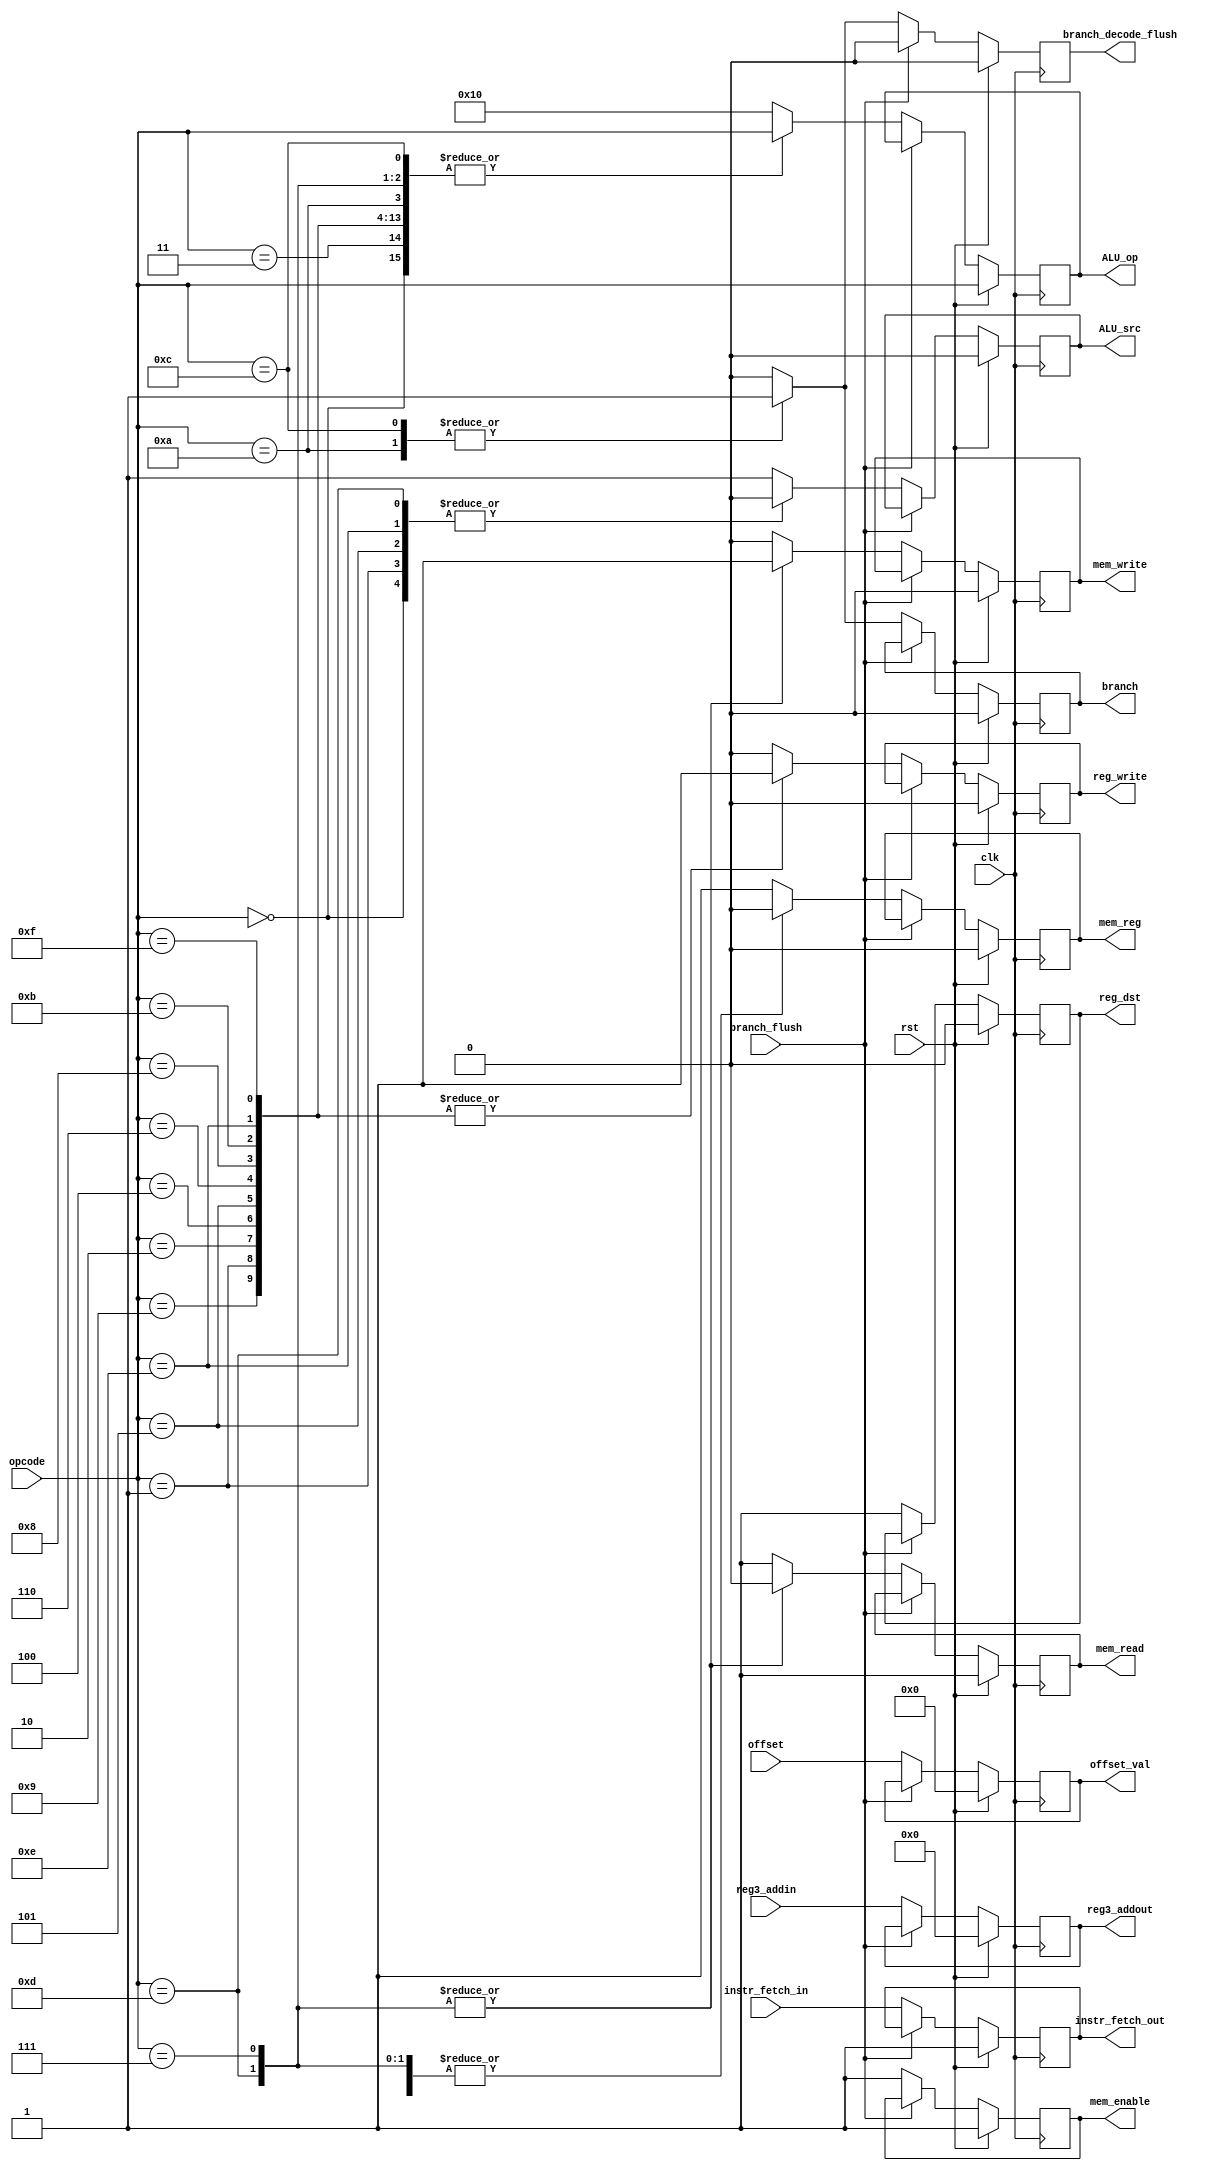
module control_block(clk, rst, opcode, mem_reg, reg_write, branch, mem_read, mem_write, mem_enable, instr_fetch_in,
                     ALU_op, ALU_src, reg_dst, offset, offset_val, reg3_addin,reg3_addout, instr_fetch_out, branch_flush, branch_decode_flush);

input [4:0] opcode;
input rst, clk, instr_fetch_in, branch_flush;
input [15:0]offset;
input [3:0] reg3_addin;

output reg [4:0]ALU_op;
output reg mem_reg, reg_write;  //Select the appropriate Memory for Register Selection and Address Selection
output reg branch, mem_read, mem_write, mem_enable; // 
output reg ALU_src, reg_dst, instr_fetch_out, branch_decode_flush;
output reg [15:0]offset_val;
output reg [3:0] reg3_addout;


localparam  push=0,    pop=1,    sub_sp=2,      cmp=3,       movs=4,      mov=5,   ldr=6,   str=7, 
            ldr_nop=8, add_sp=9, branch_nc= 10, adds_3op=11, branch_c=12, strb=13, ldrb=14, adds_2op=15, NOP = 16;

always @(posedge clk) begin

	
	if(rst) begin
			//$display("Reset %d:", opcode);
       			//Set the Control Block
			mem_reg    <= 0;   // Take Data from the ALU
			reg_write  <= 0;   // Write to Register
			branch     <= 0;   //
			mem_read   <= 1;   //
			mem_write  <= 0;   //
			mem_enable <= 1;
			ALU_op     <= opcode;
			ALU_src    <= 0;   // For Reg_data_2
			reg_dst    <= 0;   // Register_Destination	- To mux for selection of Destination Register  
			offset_val <= 0;
			reg3_addout <= 0;
			instr_fetch_out<=1;
			branch_decode_flush <= 1'b0;
   		end
	
	else if(branch_flush) begin
			/*mem_reg    <= 1;   // Take Data from the ALU
			reg_write  <= 0;   // 
			branch     <= 0;   //
			mem_read   <= 1;   //
			mem_write  <= 0;   //
			mem_enable <= 1;
			ALU_op     <= 5'b10000;
			ALU_src    <= 1;   // For Reg_data_2
			reg_dst    <= 1;   // Register_Destination*/
			//if(~count_out) Intr_fetch <= 1;
			branch_decode_flush <= 1'b0;	
		end
				
	else begin
		//if(clk) begin
			reg3_addout<=reg3_addin;
			offset_val<=offset;	
			instr_fetch_out<=instr_fetch_in;		
			//if(~count_out) 	Intr_fetch <= 1;
		//$display("CONTROL BLOCK NOP %d %d", count_in, count_out);				
		case(opcode)
			push: begin
					//$display("CONTROL BLOCK Push:%d", opcode);		
					//Set the Control Block
					mem_reg    <= 1;   // Take Data from the ALU
					reg_write  <= 0;   // Write to SP to Register-13
					branch     <= 0;   //
					mem_read   <= 1;   //
					mem_write  <= 0;   //
					mem_enable <= 1;
					ALU_op     <= opcode;
					ALU_src    <= 0;   // For Reg_data_2
					reg_dst    <= 1;   // Register_Destination	- 0 - reg2, 1 - reg3  
				   	branch_decode_flush<=1'b0;
		   		end
      			add_sp: begin
				   //Set the Control Block
					//$display("Add :%d", opcode);
					mem_reg    <= 1;   // Take Data from the ALU
					reg_write  <= 1;   // Write to Register
					branch     <= 0;   //
					mem_read   <= 1;   //
					mem_write  <= 0;   //
					mem_enable <= 1;
					ALU_op     <= opcode;
					ALU_src    <= 1;   // For Immediate Value
					reg_dst    <= 1;   // Register_Destination	- 0 - reg2, 1 - reg3 
				   	branch_decode_flush<=1'b0;
				end 
	   		pop:begin
					//Set the Control Block
					mem_reg    <= 1;   // Take Data from the ALU
					reg_write  <= 1;   // Write to SP to Register-13
					branch     <= 0;   //
					mem_read   <= 1;   //
					mem_write  <= 0;   //
					mem_enable <= 1;
					ALU_op     <= opcode;
					ALU_src    <= 0;   // For Reg_data_2
					reg_dst    <= 1;   // Register_Destination	- 0 - reg2, 1 - reg3  
				   	branch_decode_flush<=1'b0;
					 //to be changed to 1
					//count_out <= count_in;
				end
			sub_sp:begin
					//Set the Control Block
					mem_reg    <= 1;   // Take Data from the ALU for writing
					reg_write  <= 1;   // Write to SP to Register-13
					branch     <= 0;   //
					mem_read   <= 1;   //
					mem_write  <= 0;   //
					mem_enable <= 1;
					ALU_op     <= opcode;
					ALU_src    <= 1;   // For reg_dat2 - 0; Immediate Value - 1
					reg_dst    <= 1;   // Register_Destination	- 0 - reg2, 1 - reg3  
				   	branch_decode_flush<=1'b0;
				end
			cmp:begin
					//Set the Control Block
					mem_reg    <= 1;   // Take Data from the ALU for writing
					reg_write  <= 0;   // No write needed to memory
					branch     <= 0;   // 
					mem_read   <= 1;   //
					mem_write  <= 0;   //
					mem_enable <= 1;   // No mem enable required
					ALU_op     <= opcode;
					ALU_src    <= 1;   // For 0- Reg_data2 1- Immediate Value
					reg_dst    <= 1;   // Register_Destination	- 0 - reg2, 1 - reg3  
				   	branch_decode_flush<=1'b0;
				end	
			movs:begin
					//Set the Control Block
					mem_reg    <= 1;   // Take Data from the ALU for writing
					reg_write  <= 1;   // write needed to memory
					branch     <= 0;   // 
					mem_read   <= 1;   //
					mem_write  <= 0;   //
					mem_enable <= 1;   // No mem enable required
					ALU_op     <= opcode;
					ALU_src    <= 1;   // For 0- Reg_data2 1- Immediate Value
					reg_dst    <= 1;   // Register_Destination	- 0 - reg2, 1 - reg3  
				   	branch_decode_flush<=1'b0;
				end	

			branch_c:begin
					//Set the Control Block
					//Set the Control Block
					mem_reg    <= 1;   // Take Data from the ALU for writing
					reg_write  <= 0;   // write needed to register file
					branch     <= 1;   // Branching needed
					mem_read   <= 1;   //
					mem_write  <= 0;   //
					mem_enable <= 1;   // No mem enable required
					ALU_op     <= opcode;
					ALU_src    <= 1;   // For 0- Reg_data2 1- Immediate Value
					reg_dst    <= 1;   // Register_Destination	- 0 - reg2, 1 - reg3  
					branch_decode_flush <= 1'b1;
				   	
					//$display("Inside Branch C");
				end

			mov:begin
					//Set the Control Block
					mem_reg    <= 1;   // Take Data from the ALU for writing
					reg_write  <= 1;   // write needed to register file
					branch     <= 0;   // 
					mem_read   <= 1;   //
					mem_write  <= 0;   //
					mem_enable <= 1;   // No mem enable required
					ALU_op     <= opcode;
					ALU_src    <= 0;   // For 0- Reg_data2 1- Immediate Value
					reg_dst    <= 1;   // Register_Destination	- 0 - reg2, 1 - reg3  
				   	branch_decode_flush<=1'b0;
				end	
	
			ldr:begin
					//Set the Control Block
					mem_reg    <= 0;   // Take Data from the memory for writing
					reg_write  <= 1;   // write needed to register file
					branch     <= 0;   // No branching
					mem_read   <= 1;   //
					mem_write  <= 0;   //
					mem_enable <= 1;   // No mem enable required
					ALU_op     <= opcode;
					ALU_src    <= 1;   // For 0- Reg_data2 1- Immediate Value
					reg_dst    <= 1;   // Register_Destination	- 0 - reg2, 1 - reg3  
				   	branch_decode_flush<=1'b0;
					
				end
			
			str:begin
					//Set the Control Block
					mem_reg    <= 0;   // Take Data from the ALU for writing
					reg_write  <= 0;   // write needed to register file
					branch     <= 0;   // 
					mem_read   <= 0;   //
					mem_write  <= 1;   //
					mem_enable <= 1;   // No mem enable required
					ALU_op     <= opcode;
					ALU_src    <= 1;   // For 0- Reg_data2 1- Immediate Value
					reg_dst    <= 1;   // Register_Destination	- 0 - reg2, 1 - reg3  
				   	branch_decode_flush<=1'b0;
					
				end
			
			branch_nc:begin
					//$display("Inside Branch NC");
					//Set the Control Block
					mem_reg    <= 1;   // Take Data from the ALU for writing
					reg_write  <= 0;   // write needed to register file
					branch     <= 1;   // Branching needed
					mem_read   <= 1;   //
					mem_write  <= 0;   //
					mem_enable <= 1;   // No mem enable required
					ALU_op     <= opcode;
					ALU_src    <= 1;   // For 0- Reg_data2 1- Immediate Value
					reg_dst    <= 1;   // Register_Destination	- 0 - reg2, 1 - reg3  
					branch_decode_flush <= 1'b1;
				   	
				end

			ldr_nop:begin
					//Set the Control Block
					mem_reg    <= 0;   // Take Data from the memory for writing
					reg_write  <= 1;   // write needed to register file
					branch     <= 0;   // No branching
					mem_read   <= 1;   //
					mem_write  <= 0;   //
					mem_enable <= 1;   // No mem enable required
					ALU_op     <= opcode;
					ALU_src    <= 1;   // For 0- Reg_data2 1- Immediate Value
					reg_dst    <= 1;   // Register_Destination	- 0 - reg2, 1 - reg3  
				   	branch_decode_flush<=1'b0;
					
				end

			adds_3op:begin
					//Set the Control Block
					//$display("Add :%d", opcode);
					mem_reg    <= 1;   // Take Data from the ALU
					reg_write  <= 1;   // Write to Register
					branch     <= 0;   //
					mem_read   <= 1;   //
					mem_write  <= 0;   //
					mem_enable <= 1;
					ALU_op     <= opcode;
					ALU_src    <= 1;   // For Immediate Value
					reg_dst    <= 1;   // Register_Destination	- 0 - reg2, 1 - reg3 
				   	branch_decode_flush<=1'b0;
				end
			strb:begin
					//Set the Control Block
					mem_reg    <= 0;   // Take Data from the ALU for writing
					reg_write  <= 0;   // write needed to register file
					branch     <= 0;   // 
					mem_read   <= 0;   //
					mem_write  <= 1;   //
					mem_enable <= 1;   // No mem enable required
					ALU_op     <= opcode;
					ALU_src    <= 0;   // For 0- Reg_data2 1- Immediate Value
					reg_dst    <= 1;   // Register_Destination	- 0 - reg2, 1 - reg3  
				   	branch_decode_flush<=1'b0;
				end
			ldrb:begin
					//Set the Control Block
					mem_reg    <= 0;   // Take Data from the memory for writing
					reg_write  <= 1;   // write needed to register file
					branch     <= 0;   // No branching
					mem_read   <= 1;   //
					mem_write  <= 0;   //
					mem_enable <= 1;   // No mem enable required
					ALU_op     <= opcode;
					ALU_src    <= 0;   // For 0- Reg_data2 1- Immediate Value
					reg_dst    <= 1;   // Register_Destination	- 0 - reg2, 1 - reg3  
				   	branch_decode_flush<=1'b0;
				end
			adds_2op:begin
					//Set the Control Block
					mem_reg    <= 1;   // Take Data from the ALU for writing
					reg_write  <= 1;   // write needed to register file
					branch     <= 0;   // 
					mem_read   <= 1;   //
					mem_write  <= 0;   //
					mem_enable <= 1;   // No mem enable required
					ALU_op     <= opcode;
					ALU_src    <= 1;   // For 0- Reg_data2 1- Immediate Value
					reg_dst    <= 1;   // Register_Destination	- 0 - reg2, 1 - reg3  
				   	branch_decode_flush<=1'b0;
				end
	
			default: begin
					//Set the Control Block
					mem_reg    <= 1;   // Take Data from the ALU
					reg_write  <= 0;   // 
					branch     <= 0;   //
					mem_read   <= 1;   //
					mem_write  <= 0;   //
					mem_enable <= 1;
					ALU_op     <= 5'b10000;
					ALU_src    <= 1;   // For Reg_data_2
					reg_dst    <= 1;   // Register_Destination*/
					//if(~count_out) Intr_fetch <= 1;
					branch_decode_flush<=1'b0;	
				end		
	   		endcase
	//end
 	//$display("CONTROL BLOCK opcode<=%h offset_val<=%h mem_reg<=%b reg_write<=%b branch<=%b mem_read<=%b mem_write<=%b mem_enable<=%b ALU_src<=%h reg_dst<=%b, reg3<=%h",
                  // opcode, offset_val, mem_reg, reg_write, branch, mem_read, mem_write, mem_enable, ALU_src, reg_dst, reg3_addout); 
   end
end 



endmodule